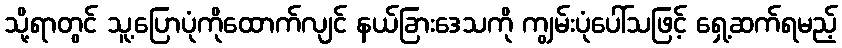
သို့ရာတွင် သူ့ပြောပုံကိုထောက်လျင် နယ်ခြားဒေသကို ကျွမ်းပုံပေါ်သဖြင့် ရှေ့ဆက်ရမည့်